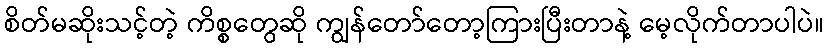
စိတ်မဆိုးသင့်တဲ့ ကိစ္စတွေဆို ကျွန်တော်တော့ကြားပြီးတာနဲ့ မေ့လိုက်တာပါပဲ။